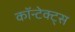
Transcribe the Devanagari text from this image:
कॉन्टेक्ट्स